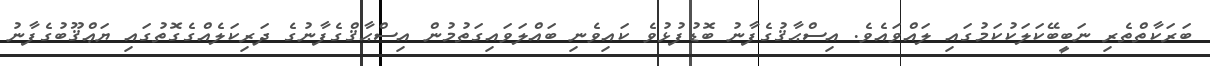
ބަރަކާތްތެރި ނަބީބޭކަލަކުކަމުގައި ލައްވައެވެ. އިސްޙާޤުގެފާނު ބޮޑުފުޅުވެ ކައިވެނި ބައްލަވައިގަތުމުން އިސްޙާޤްގެފާނުގެ ދަރިކަލެއްގެގޮތުގައި ޔަޢްޤޫބުގެފާނު